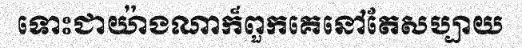
ទោះជាយ៉ាងណាក៏ពួកគេនៅតែសប្បាយ